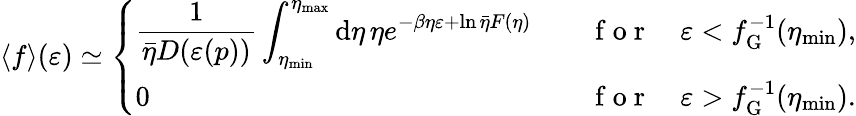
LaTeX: \langle f\rangle(\varepsilon)\simeq\left\{ \begin{array}{ll}{\displaystyle\frac{1}{\bar{\eta}D(\varepsilon(p))}\int_{\eta_{\mathrm{min}}}^{\eta_{\mathrm{max}}}\mathrm{d}\eta\, \eta e^{-\beta\eta\varepsilon+\ln\bar{\eta}F(\eta)}\quad}&{\mathrm{~f~o~r~}\quad\varepsilon<f_{\mathrm{G}}^{-1}(\eta_{\mathrm{min}}),}\\ {0\quad}&{\mathrm{~f~o~r~}\quad\varepsilon>f_{\mathrm{G}}^{-1}(\eta_{\mathrm{min}}).}\end{array}\right.